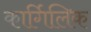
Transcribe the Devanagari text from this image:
कार्गिलिक